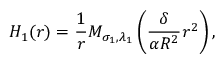
H _ { 1 } ( r ) = \frac { 1 } { r } M _ { \sigma _ { 1 } , \lambda _ { 1 } } \left( \frac { \delta } { \alpha R ^ { 2 } } r ^ { 2 } \right) ,